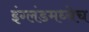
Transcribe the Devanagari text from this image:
इंग्लंडमध्येच